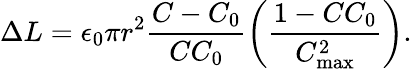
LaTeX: \Delta{}L=\epsilon_{0}\pi{}r^{2}\frac{C-C_{0}}{CC_{0}}\left(\frac{1-CC_{0}}{C_{\textrm{max}}^{2}}\right).